Plague in India, 1896, 1897 - Volume 1
Year: 1896
Disease focus: Plague
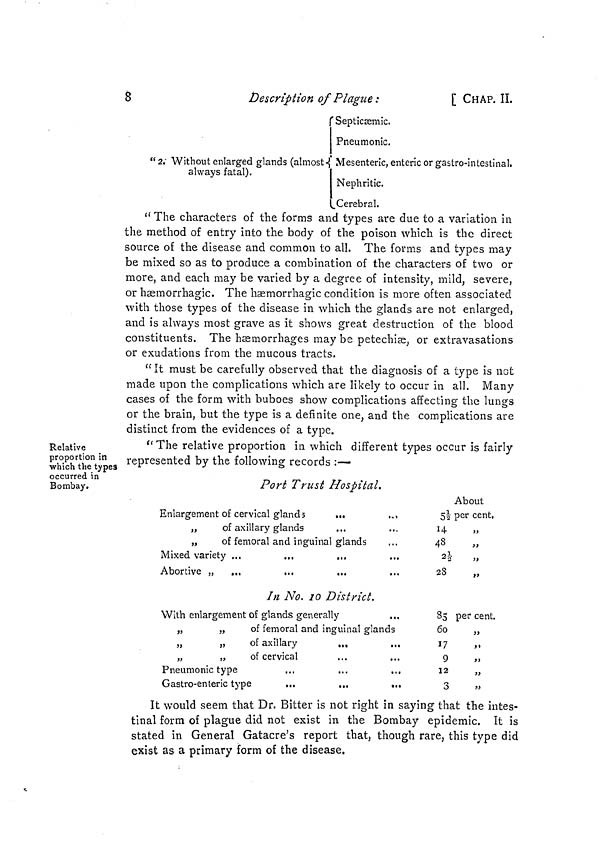
8
Description of Plague:
[ CHAP. II,
Septicæmic.
Pneumonic.
"2, Without enlarged glands (almost Mesenteric, enteric or gastro-intestinal,
always fatal).
Nephritic.
Cerebral.
" The characters of the forms and types are due to a variation in
the method of entry into the body of the poison which is the direct
source of the disease and common to all. The forms and types may
be mixed so as to produce a combination of the characters of two or
more, and each may be varied by a degree of intensity, mild, severe,
or hæmorrhagic. The hæmorrhagic condition is more often associated
with those types of the disease in which the glands are not enlarged,
and is always most grave as it shows great destruction of the blood
constituents. The hæmorrhages may be petechias, or extravasations
or exudations from the mucous tracts.
"It must be carefully observed that the diagnosis of a type is not
made upon the complications which are likely to occur in all. Many
cases of the form with buboes show complications affecting the lungs
or the brain, but the type is a definite one, and the complications are
distinct from the evidences of a type.
Relative
proportion in
which the types
occurred in
Bombay.
"The relative proportion in which different types occur is fairly
represented by the following records :—
Port Trust Hospital.
Enlargement of cervical glands
...
„
of axillary glands
„
of femoral and inguinal glands
Mixed variety ...
...
Abortive „
...
...
...
In No. 10 District.
With enlargement of glands generally
„
„
of femoral and inguinal glands
,,
"
of axillary
...
„
„
of cervical
...
,,,
Pneumonic type
...
...
...
Gastro-enleric type
...
...
...
About
5½ per cent.
14 "
48
2½ „
28
85 per cent.
60
„
17
"
9
,>
12
„
3
"
It would seem that Dr. Bitter is not right in saying that the intes-
tinal form of plague did not exist in the Bombay epidemic. It is
stated in General Gatacre's report that, though rare, this type did
exist as a primary form of the disease.